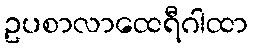
ဥပစာလာထေရီဂါထာ